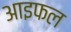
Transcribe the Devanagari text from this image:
आइफल